Report on horse surra - Volume II, Part I
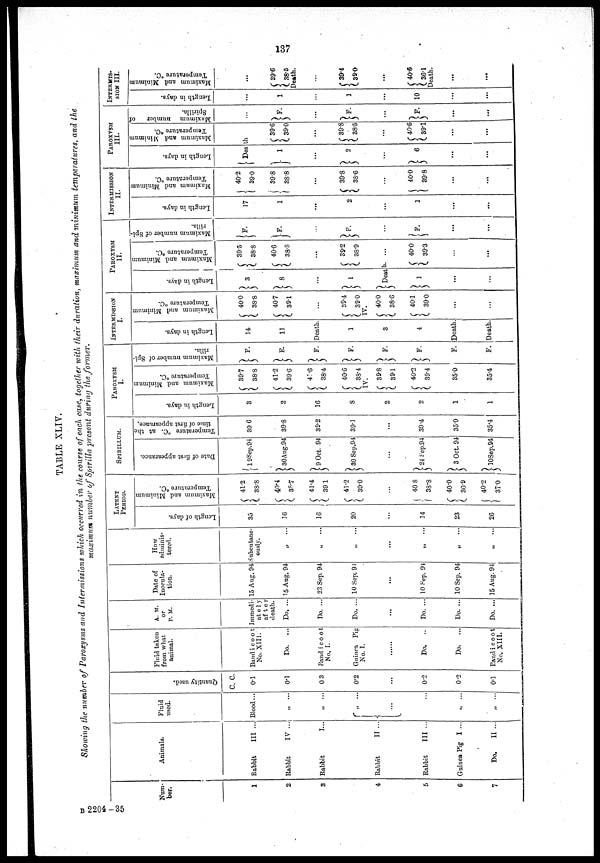
137
TABLE XLIV.
Showing the number of Paroxysms and Intermissions which occurred in the course of each case, together with their duration, maximum and minimum temperatures, and the
maximum number of Spirilla present during the former.
Num-
ber.
1
2
3
4
5
6
7
Animals.
Rabbit
Rabbit
Rabbit
Rabbit
Rabbit
Guinea Pig
Do.
III ..
IV ...
I...
II ...
III ...
I ...
II ...
Fluid
used.
Blood...
„ ...
„ ...
{
„
„ ...
Quantity used.
c. c.
0.1
0.1
03
0.2
...
0.2
0.2
0.1
Fluid taken
from what
animal.
Band i c o o t
No. XIII.
Do. ...
Band i c o o t
No. I.
Guinea Pig
No. I.
Do.
..
Do. ...
Band i c o o t
No. XIII.
A. M.
or
P. M.
Immedi-
at e 1 y
af t er
death.
Do. ...
Do. ...
Do. ...
...
Do. ...
Do. ...
Do. ...
Date of
Inocula-
tion.
15 Aug. 94
15 Aug. 94
23 Sep. 94
10 Sep: 91
...
10 Sep. 94
10 Sep. 94
15 Aug. 94
How
adminis-
tered.
Subentane-
ously.
„
„ ...
...
„
„
„
LATENT
PERIOD.
Length of days.
35
16
16
20
...
14
23
26
Maximum and Minimum
Temperature °C.
{ 41.2
38.8
{ 40.4
38.7
{ 41.4
39.1
{ 41.2
39.0
...
{ 40 8
38.8
{ 40.0
36. 9
{ 40.2
37.0
SPIRILLUM.
Date of first appearance.
} 19 Sep.94
} 30Aug.94
} 9 Oct. 94
} 30 Sep.94
...
}24 Sep.94
} 3 Oct. 94
} 10Sep.94
Temperature °C. at the
time of first appearance.
39.6
39.8
39.2
39.1
...
39.4
35.0
35.4
PAROXYSM
I.
Length in days.
3
2
16
8
2
2
1
1
Maximum and Minimum
Temperature °C.
{ 39.7
38.8
{ 41.2
39.6
{ 41.6
38.4
{ 40.6
38.4
IV.
{ 39.8
39.1
{ 40.2
39.4
35.0
35.4
Maximum number of Spi-
rilla.
}F
}F
}F
}F
}F
}F
F.
F.
INTERMISSION
I.
Length in days.
14
11
Death.
1
3
4
Death.
Death.
Maximum and Minimum
Temperature °C..
{ 40.0
38.8
{ 40.7
39.1
{ 39.4
39.0
IV.
{ 40.0
38.6
{ 40.1
39.0
...
...
PAROXYSM
II.
Length in days.
}3
}8
...
}1
}Death
} 1
...
...
Maximum and Minimum
Temperature °C.
{ 39.5
38.8
{ 40.6
38.8
...
{ 39.2
38.9
...
{ 40.0
39.3
Maximum number of Spi-
rilla.
}F.
}F
}F.
...
}F.
...
...
INTERMISSION
II.
Length in days.
17
1
...
2
...
1
...
...
Maximum and Minimum
Temperature °G.
40.2
{
39.0
{ 39.8
38.8
...
{ 39.8
38.6
{ 40.0
39.8
...
...
PAROXYSM
III.
Length in days.
}Death
}1
...
}2
}6
...
...
Maximum and Minimum
Temperature °C.
{39.6
39.0
...
{ 39.8
38.5
{ 40.6
39.1
...
...
Mnximum number
of
Spirilla.
}F.
...
}F.
...
}F.
...
INTERMIS-
SION III
Length in days.
...
1
1
...
10
...
...
Maximum and Minimum
Temperature °C.
...
{ 39.6
38.5
Death.
...
{39.4
39.0
...
{ 40.6
36.1
Death.
...
B 2204-35